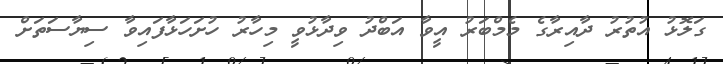
ގަލޮޅު އުތުރު ދާއިރާގެ މެމްބަރު އީވާ އަބްދު ވިދާޅުވީ މިހާރު ހުށަހަޅާފައިވާ ސިޔާސަތަށް